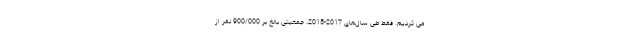
می کردیم. فقط طی سال­‌های 2017-2015، جمعیتی بالغ بر 900/000 نفر از